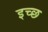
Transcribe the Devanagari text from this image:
इच्छ